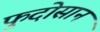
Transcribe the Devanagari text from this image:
फुदोसान